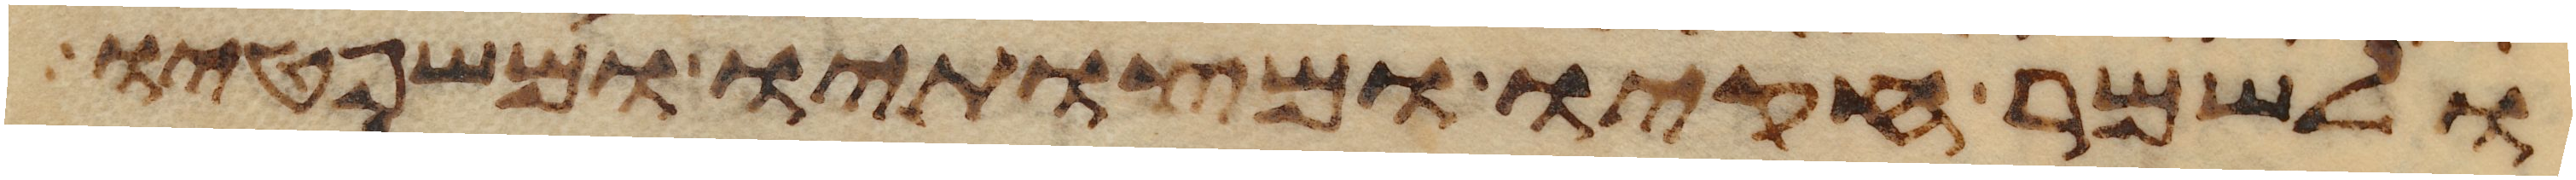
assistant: ולשמר חקיו ומצותיו ומשפטיו